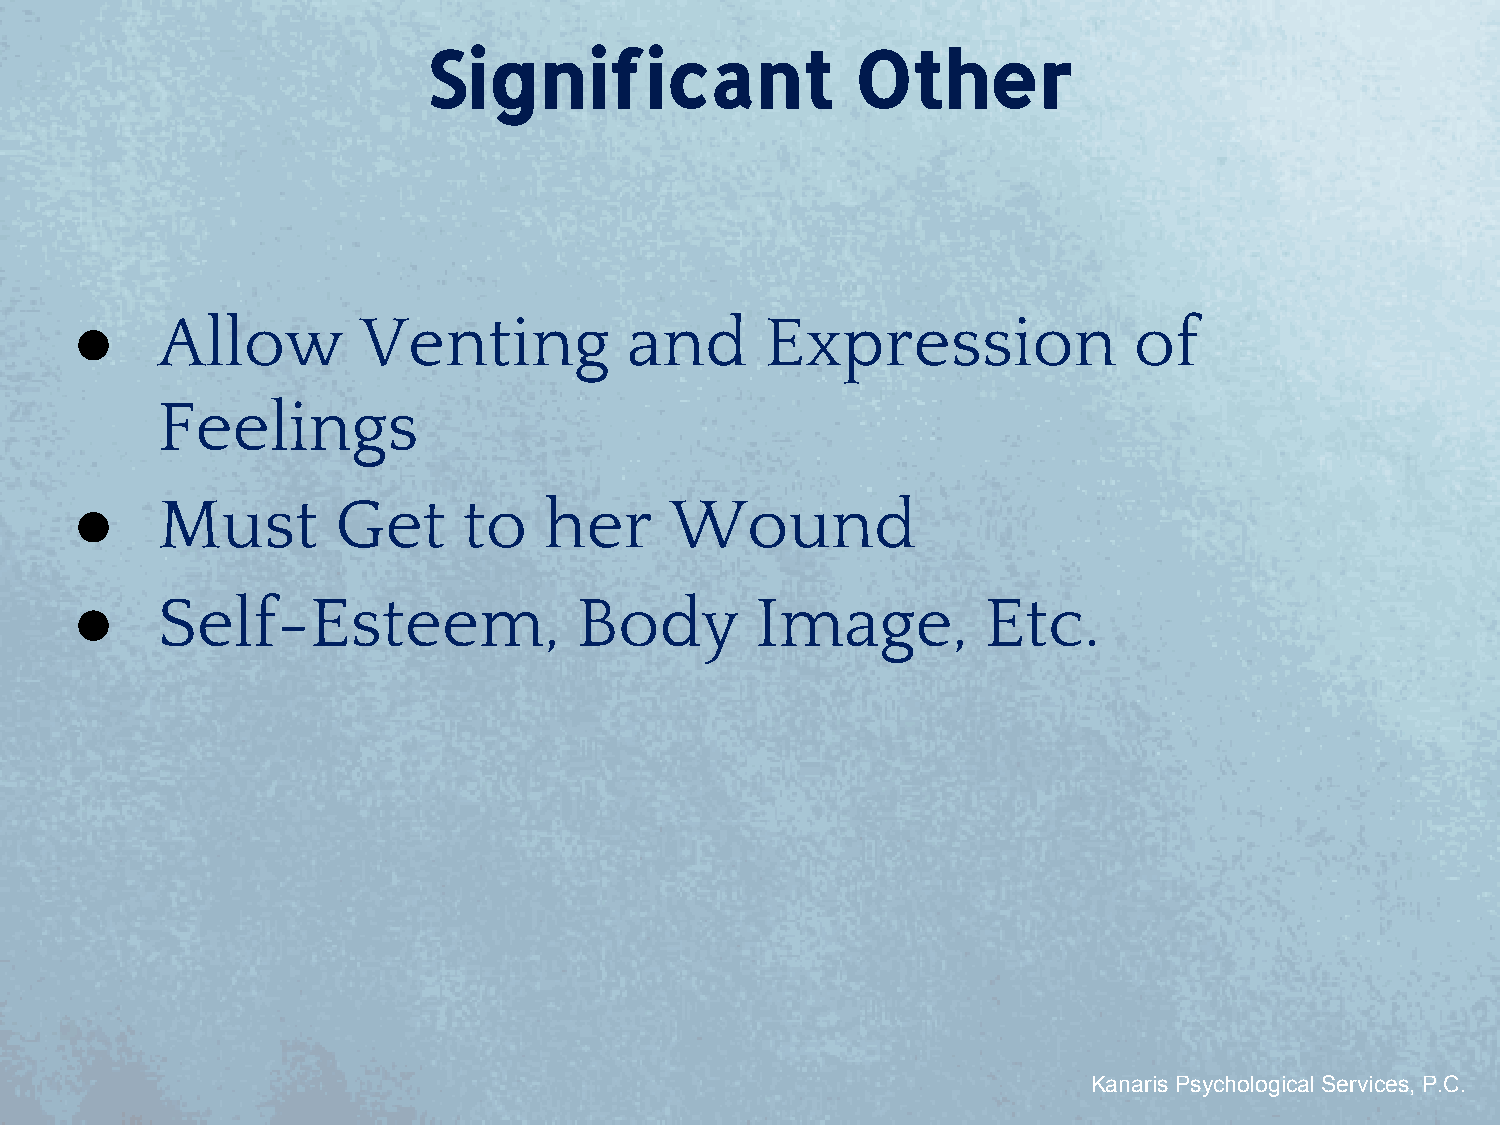
Significant                  Other
 ●    Allow         Venting           and      Expression              of
 Feelings
 ●    Must        Get      to   her     Wound
 ●    Self-Esteem,                Body        Image,         Etc.
 Kanaris Psychological Services, P.C.